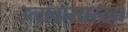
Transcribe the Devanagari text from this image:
उत्सवासारखा